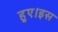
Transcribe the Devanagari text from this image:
हुए।इस